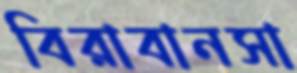
বিরাবানসা